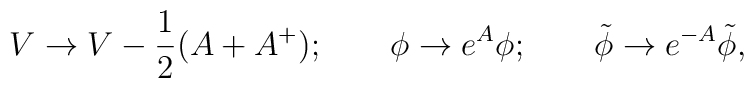
V \to V - \frac{1}{2}(A+A^+);\qquad \phi\to e^{A}\phi;\qquad \tilde\phi\to e^{-A} \tilde\phi,